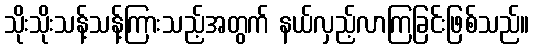
သိုးသိုးသန့်သန့်ကြားသည့်အတွက် နယ်လှည့်လာကြခြင်းဖြစ်သည်။